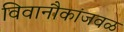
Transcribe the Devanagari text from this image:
विवानौकांजवळ